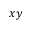
x y